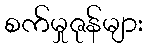
စက်မှုဇုန်များ